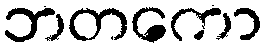
ဘတကော